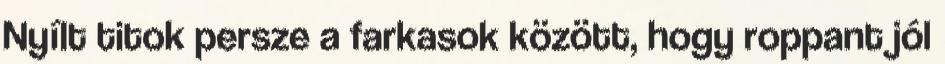
Nyílt titok persze a farkasok között, hogy roppant jól